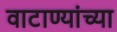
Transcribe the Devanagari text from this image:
वाटाण्यांच्या